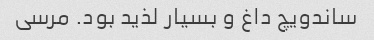
ساندویچ داغ و بسیار لذید بود. مرسی